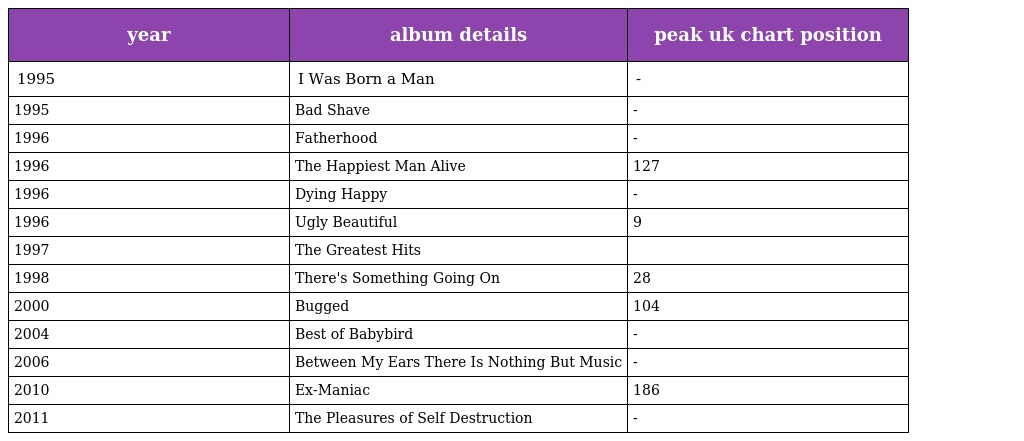
| year | album details | peak uk chart position |
 | --- | --- | --- |
 | 1995 | I Was Born a Man | - |
 | 1995 | Bad Shave | - |
 | 1996 | Fatherhood | - |
 | 1996 | The Happiest Man Alive | 127 |
 | 1996 | Dying Happy | - |
 | 1996 | Ugly Beautiful | 9 |
 | 1997 | The Greatest Hits |  |
 | 1998 | There's Something Going On | 28 |
 | 2000 | Bugged | 104 |
 | 2004 | Best of Babybird | - |
 | 2006 | Between My Ears There Is Nothing But Music | - |
 | 2010 | Ex-Maniac | 186 |
 | 2011 | The Pleasures of Self Destruction | - |